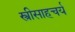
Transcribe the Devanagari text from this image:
स्त्रीसाहचर्य